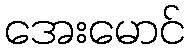
အေးမောင်